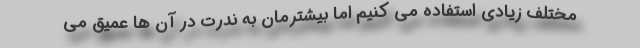
مختلف زیادی استفاده می کنیم اما بیشترمان به ندرت در آن ها عمیق می